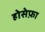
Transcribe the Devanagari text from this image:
होसेफ़ा